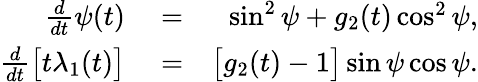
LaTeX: \begin{array}{rlr}{\frac{d}{dt}\psi(t)}&{{}=}&{\sin^{2}{\psi}+g_{2}(t)\cos^{2}{\psi},}\\ {\frac{d}{dt}\big[t\lambda_{1}(t)\big]}&{{}=}&{\big[g_{2}(t)-1\big]\sin{\psi}\cos{\psi}.}\end{array}